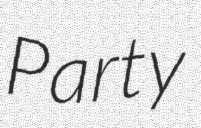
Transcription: Party